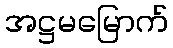
အဋ္ဌမမြောက်